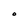
Character: O